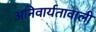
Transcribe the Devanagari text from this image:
अनिवार्यतावाली